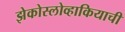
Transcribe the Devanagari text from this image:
झेकोस्लोव्हाकियाची